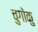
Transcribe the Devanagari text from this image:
चुगोकु